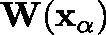
\mathbf { W } ( \mathbf { x _ { \alpha } } )